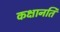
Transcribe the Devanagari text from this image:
कक्षानति